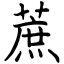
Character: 蔗